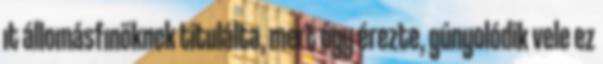
ıt állomásfınöknek titulálta, mert úgy érezte, gúnyolódik vele ez